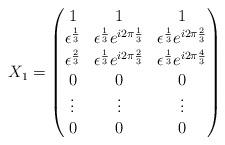
LaTeX: \begin{align*}X_1 =\begin{pmatrix}1 & 1 & 1 \\\epsilon^{\frac{1}{3}} & \epsilon^{\frac{1}{3}}e^{i2\pi\frac{1}{3}} & \epsilon^{\frac{1}{3}}e^{i2\pi\frac{2}{3}}\\\epsilon^{\frac{2}{3}} & \epsilon^{\frac{1}{3}}e^{i2\pi\frac{2}{3}} & \epsilon^{\frac{1}{3}}e^{i2\pi\frac{4}{3}}\\0 & 0 & 0\\\vdots & \vdots & \vdots \\0 & 0 & 0\end{pmatrix}\end{align*}